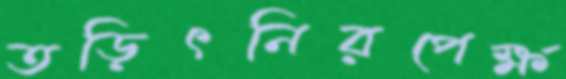
তড়িৎনিরপেক্ষ